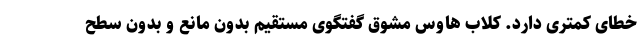
خطای کمتری دارد. کلاب هاوس مشوق گفتگوی مستقیم بدون مانع و بدون سطح